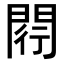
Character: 𨴠